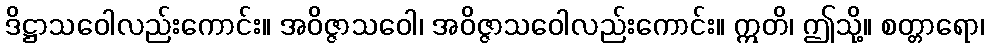
ဒိဋ္ဌာသဝေါလည်းကောင်း။ အဝိဇ္ဇာသဝေါ၊ အဝိဇ္ဇာသဝေါလည်းကောင်း။ ဣတိ၊ ဤသို့။ စတ္တာရော၊